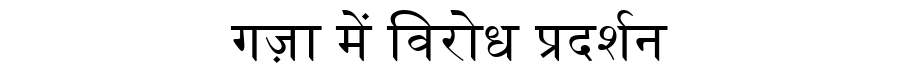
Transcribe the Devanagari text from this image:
गज़ा में विरोध प्रदर्शन